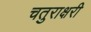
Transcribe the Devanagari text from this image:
चतुराक्षरी